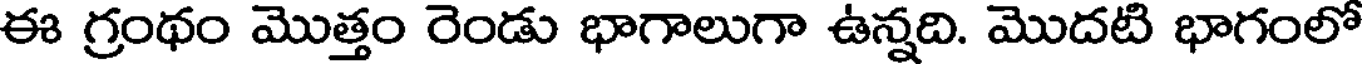
ఈ గ్రంథం మొత్తం రెండు భాగాలుగా ఉన్నది. మొదటి భాగంలో